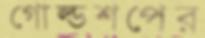
গোল্ডশপের